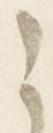
之